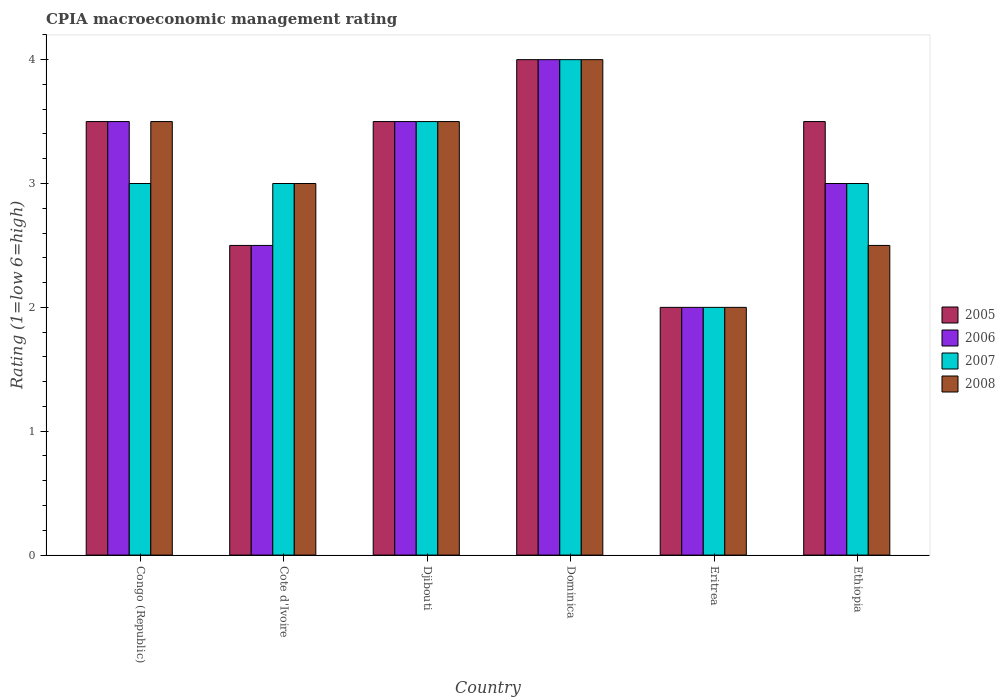
| Country | 2005 | 2006 | 2007 | 2008 |
 | --- | --- | --- | --- | --- |
 | Congo (Republic) | 3.5 | 3.5 | 3 | 3.5 |
 | Cote d'Ivoire | 2.5 | 2.5 | 3 | 3 |
 | Djibouti | 3.5 | 3.5 | 3.5 | 3.5 |
 | Dominica | 4 | 4 | 4 | 4 |
 | Eritrea | 2 | 2 | 2 | 2 |
 | Ethiopia | 3.5 | 3 | 3 | 2.5 |